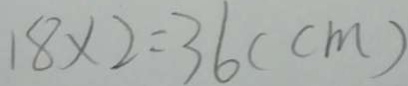
1 8 \times 2 = 3 6 ( c m )